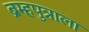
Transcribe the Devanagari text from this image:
ब्रम्हपुत्राला